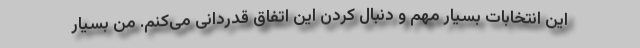
این انتخابات بسیار مهم و دنبال کردن این اتفاق قدردانی می‌کنم. من بسیار